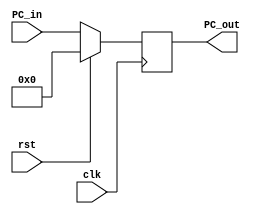
module PC(PC_in, clk, rst,PC_out);
    input [31:0] PC_in;
    input clk, rst;
    output reg [31:0] PC_out;
    //reg PC_out;
    
    always @(posedge clk)
    begin 
    if(rst == 1'b1)
        PC_out <= 32'b00000000000000000000000000000000;
    else
        PC_out <= PC_in;
    end
endmodule